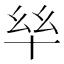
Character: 𫧠